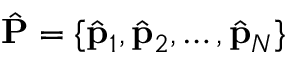
\hat { \mathbf { P } } = \{ \hat { \mathbf { p } } _ { 1 } , \hat { \mathbf { p } } _ { 2 } , \hdots , \hat { \mathbf { p } } _ { N } \}